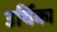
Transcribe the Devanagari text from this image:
उर्थिका